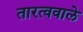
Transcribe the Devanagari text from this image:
तारत्ववाले